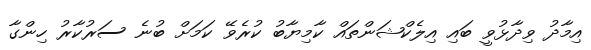
އިމާދު ވިދާޅުވީ ބައި އިލެކްޝަންތައް ކާމިޔާބު ކުރެވޭ ކަމަށް ބުނެ ސަރުކާރު ހިންގާ